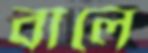
বালে